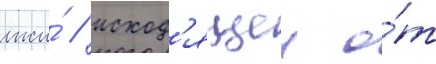
лжи́ / исход'ящеи о́т